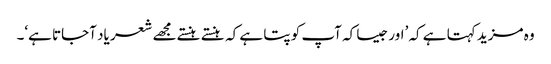
وہ مزید کہتا ہے کہ ’اور جیسا کہ آپ کو پتا ہے کہ ہنستے ہنستے مجھے شعر یاد آجاتا ہے‘۔